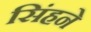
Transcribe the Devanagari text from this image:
सिंहने